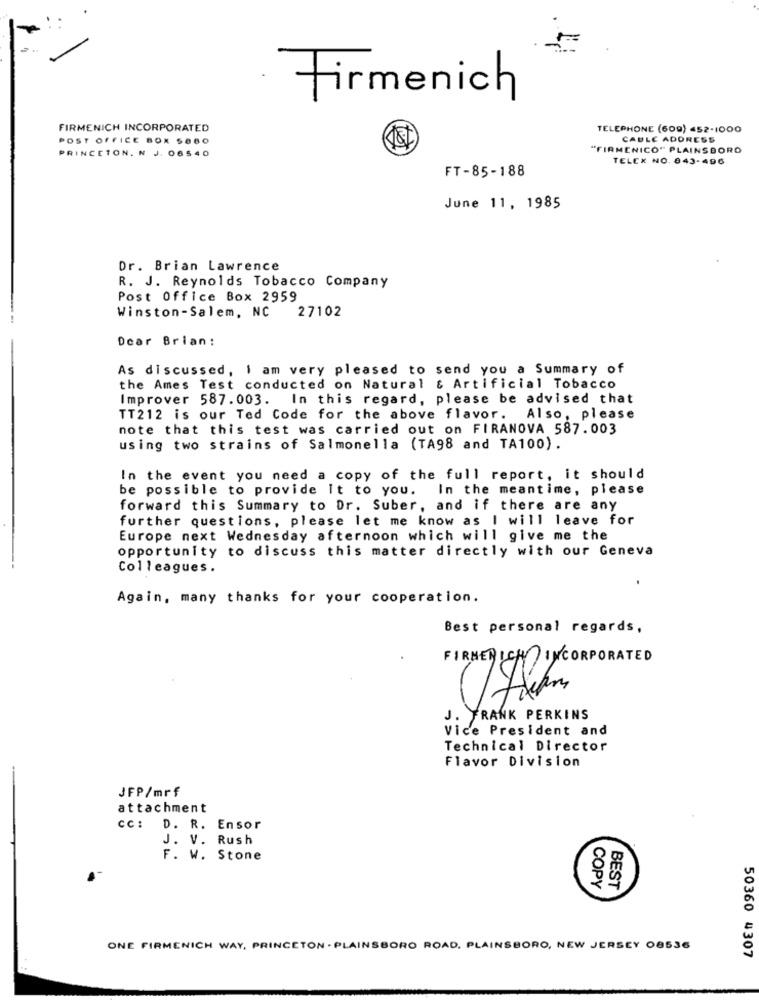
Firmenich
FIRMENICH INCORPORATED
TELEPHONE (609) 452-1000
POST OFFICE BOX 5660
CABLE ADDRESS
PRINCETON. N. J. 06540
"FIRMENICO" PLAINSBORO
TELEX NO. 843-496
FT-85-188
June 11, 1985
Dr. Brian Lawrence
R. J. Reynolds Tobacco Company
Post Office Box 2959
Winston-Salem, NC 27102
Dear Brian:
As discussed, I am very pleased to send you a Summary of
the Ames Test conducted on Natural & Artificial Tobacco
Improver 587.003. In this regard, please be advised that
TT212 is our Ted Code for the above flavor.
Also, please
note that this test was carried out on FIRANOVA 587.003
using two strains of Salmonella (TA98 and TA100).
In the event you need a copy of the full report, it should
be possible to provide It to you. In the meantime, please
forward this Summary to Dr. Suber, and if there are any
further questions, please let me know as I will leave for
Europe next Wednesday afternoon which will give me the
opportunity to discuss this matter directly with our Geneva
Colleagues.
Again, many thanks for your cooperation.
Best personal regards,
FIRMENICH INCORPORATED
J. FRANK PERKINS
Vice President and
Technical Director
Flavor Division
JFP/mrf
attachment
CC:
D. R. Ensor
J. V. Rush
F. W. Stone
COPY
BEST
ONE FIRMENICH WAY, PRINCETON . PLAINSBORO ROAD. PLAINSBORO, NEW JERSEY 08536
50360 4307